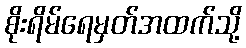
စိုးရိမ်ရေမှတ်အထက်သို့